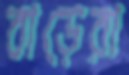
বাড়েরা